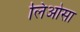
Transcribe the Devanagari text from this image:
लिओसा